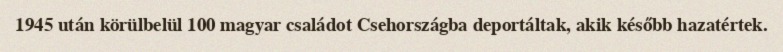
1945 után körülbelül 100 magyar családot Csehországba deportáltak, akik később hazatértek.